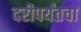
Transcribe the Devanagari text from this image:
दरीपर्यंतचा